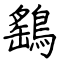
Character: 鷂